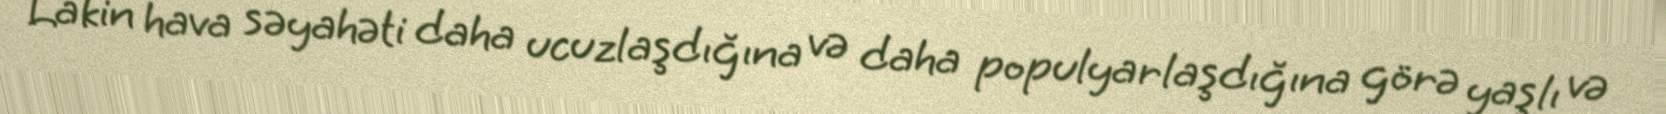
Lakin hava səyahəti daha ucuzlaşdığına və daha populyarlaşdığına görə yaşlı və